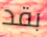
بقد